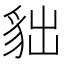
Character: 貀